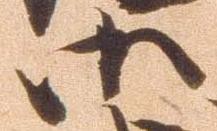
御